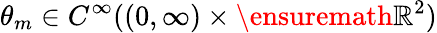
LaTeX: \theta_{m}\in C^{\infty}((0,\infty)\times\ensuremath{\mathbb{R}}^{2})